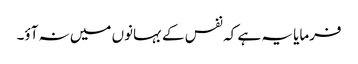
فرمایا یہ ہے کہ نفس کے بہانوں میں نہ آؤ۔